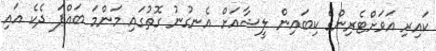
ކައިރި އަވަށްޓެރިންގެ ކިބައިން ލީޝާއަށް އެނގުނު ގޮތުގައި މަންމަ ބައްޕަ ދެކެ އައި